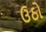
ઉઠો